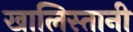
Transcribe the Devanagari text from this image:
खालिस्तानी